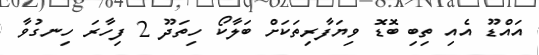
އައްޑޫ އެއި ތިބި ބޮޑޮ ވިޔަފާރިތަކަށް ބަލާކޯ ހިތަދޫ 2 ފިހާރަ ހިނގުވާ